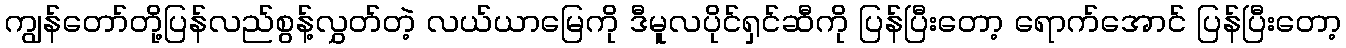
ကျွန်တော်တို့ပြန်လည်စွန့်လွှတ်တဲ့ လယ်ယာမြေကို ဒီမူလပိုင်ရှင်ဆီကို ပြန်ပြီးတော့ ရောက်အောင် ပြန်ပြီးတော့